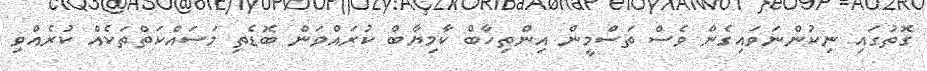
ގޮތުގައި ނިކުންނަވައިގެން ވެސް ތަސްމީން އިންތިހާބް ކާމިޔާބް ކުރައްވަން ބޮޑެތި މަސައްކަތްތަކެއް ކުރެއްވި